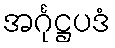
အင်္ဂုဋ္ဌပဒံ